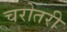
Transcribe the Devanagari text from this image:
चरोतरी